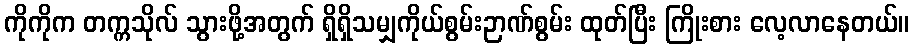
ကိုကိုက တက္ကသိုလ် သွားဖို့အတွက် ရှိရှိသမျှကိုယ်စွမ်းဉာဏ်စွမ်း ထုတ်ပြီး ကြိုးစား လေ့လာနေတယ်။